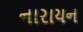
નારાયન